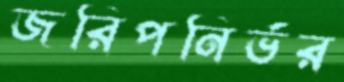
জরিপনির্ভর